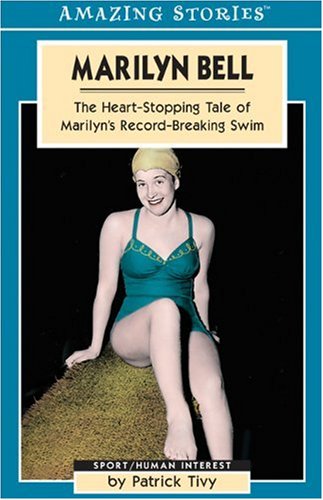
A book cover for Marilyn Bell: The Heart-Stopping Tale of Marilyn's Record-Breaking Swim (Amazing Stories); Patrick Tivy; Biographies & Memoirs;